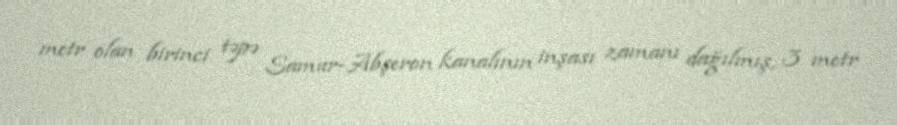
metr olan birinci təpə Samur-Abşeron kanalının inşası zamanı dağılmış, 3 metr